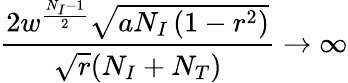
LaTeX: \frac{2w^{\frac{N_{I}-1}{2}}\sqrt{aN_{I}\left(1-r^{2}\right)}}{\sqrt{r}(N_{I}+N_{T})}\rightarrow\infty